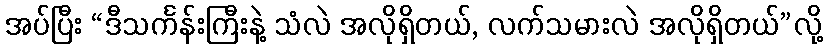
အပ်ပြီး “ဒီသင်္ကန်းကြီးနဲ့ သံလဲ အလိုရှိတယ်, လက်သမားလဲ အလိုရှိတယ်”လို့